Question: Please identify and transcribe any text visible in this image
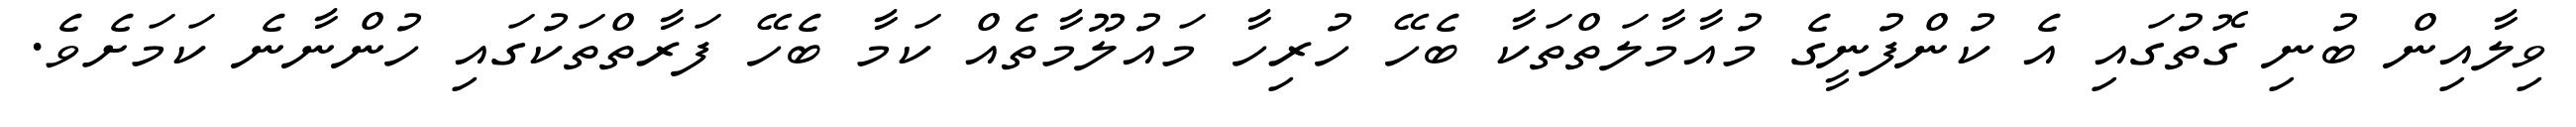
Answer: ވިލާއިން ބުނި ގޮތުގައި އެ ކުންފުނީގެ މުއާމާލަތްތަކާ ބެހޭ ހުރިހާ މައުލޫމާތެއް ކަމާ ބެހޭ ފަރާތްތަކުގައި ހުންނާނެ ކަމަށެވެ.